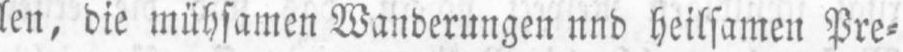
len, die mühsamen Wanderungen und heilsamen Pre⸗